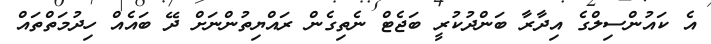
އެ ކައުންސިލްގެ އިދާރާ ބަންދުކުރީ ބަޖެޓް ނެތިގެން ރައްޔިތުންނަށް ދޭ ބައެއް ހިދުމަތްތައް